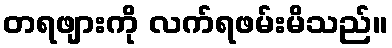
တရဖျားကို လက်ရဖမ်းမိသည်။